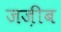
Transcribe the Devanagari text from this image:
जज़ीब